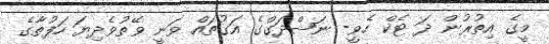
މީގެ އިތުރުން ދަ ޓެކް ހެވީ- ނަޝްދަގްގެ އަގުތައް ވަނީ ވޭތުވެދިޔަ ހަފުތާގެ